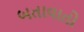
બતાવાતો